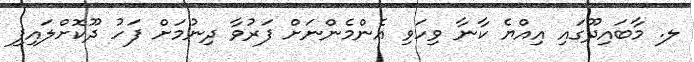
ލ. މާބައިދޫގައި އިއްޔެ ކާނާ ވިހަވި އެންމެންނަށް ފަރުވާ ދިނުމަށް ފަހު ދޫކޮށްލައިފި